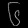
Digit: ၆